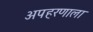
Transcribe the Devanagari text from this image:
अपहरणाला